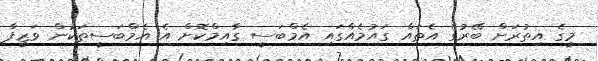
މީގެ އިތުރަށް ބޭރުގެ އެތައް ގައުމެއްގައި އެމްބަސީ ގާއިމްކޮށް އެ އެމްބަސީތަކުން ވަޒީފާ